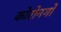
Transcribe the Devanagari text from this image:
कोरोनगो